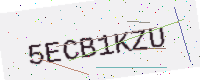
Text: 5ECB1KZU